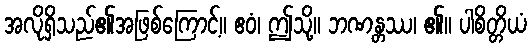
အလိုရှိသည်၏အဖြစ်ကြောင့်။ ဧဝံ၊ ဤသို့။ ဘဏန္တဿ၊ ၏။ ပါစိတ္တိယံ